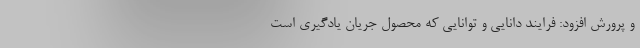
و پرورش افزود: فرایند دانایی و توانایی که محصول جریان یادگیری است